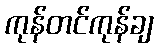
ကုန်တင်ကုန်ချ